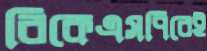
বিকেএসপিরেই